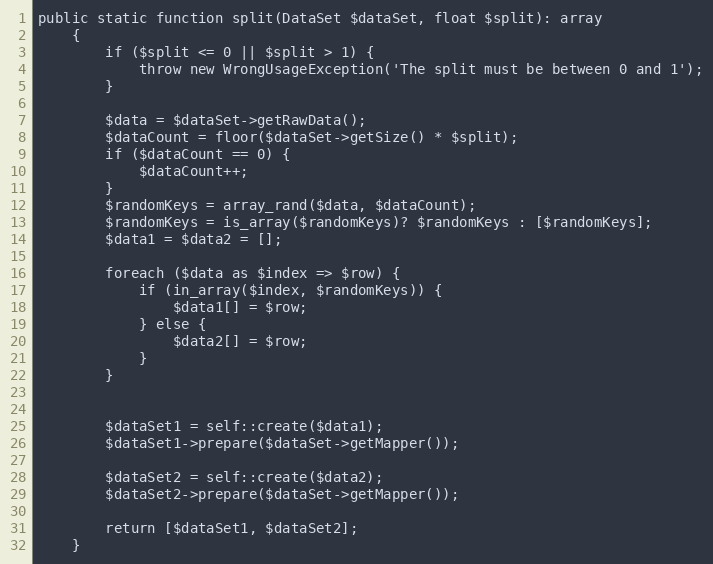
Language: PHP
public static function split(DataSet $dataSet, float $split): array
    {
        if ($split <= 0 || $split > 1) {
            throw new WrongUsageException('The split must be between 0 and 1');
        }

        $data = $dataSet->getRawData();
        $dataCount = floor($dataSet->getSize() * $split);
        if ($dataCount == 0) {
            $dataCount++;
        }
        $randomKeys = array_rand($data, $dataCount);
        $randomKeys = is_array($randomKeys)? $randomKeys : [$randomKeys];
        $data1 = $data2 = [];

        foreach ($data as $index => $row) {
            if (in_array($index, $randomKeys)) {
                $data1[] = $row;
            } else {
                $data2[] = $row;
            }
        }

        $dataSet1 = self::create($data1);
        $dataSet1->prepare($dataSet->getMapper());

        $dataSet2 = self::create($data2);
        $dataSet2->prepare($dataSet->getMapper());

        return [$dataSet1, $dataSet2];
    }